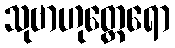
သုဗာဟုတ္ထေရော